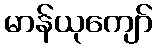
မာန်ယုကျော်